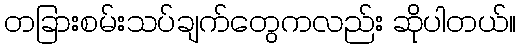
တခြားစမ်းသပ်ချက်တွေကလည်း ဆိုပါတယ်။